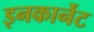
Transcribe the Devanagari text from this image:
इनकार्नेट